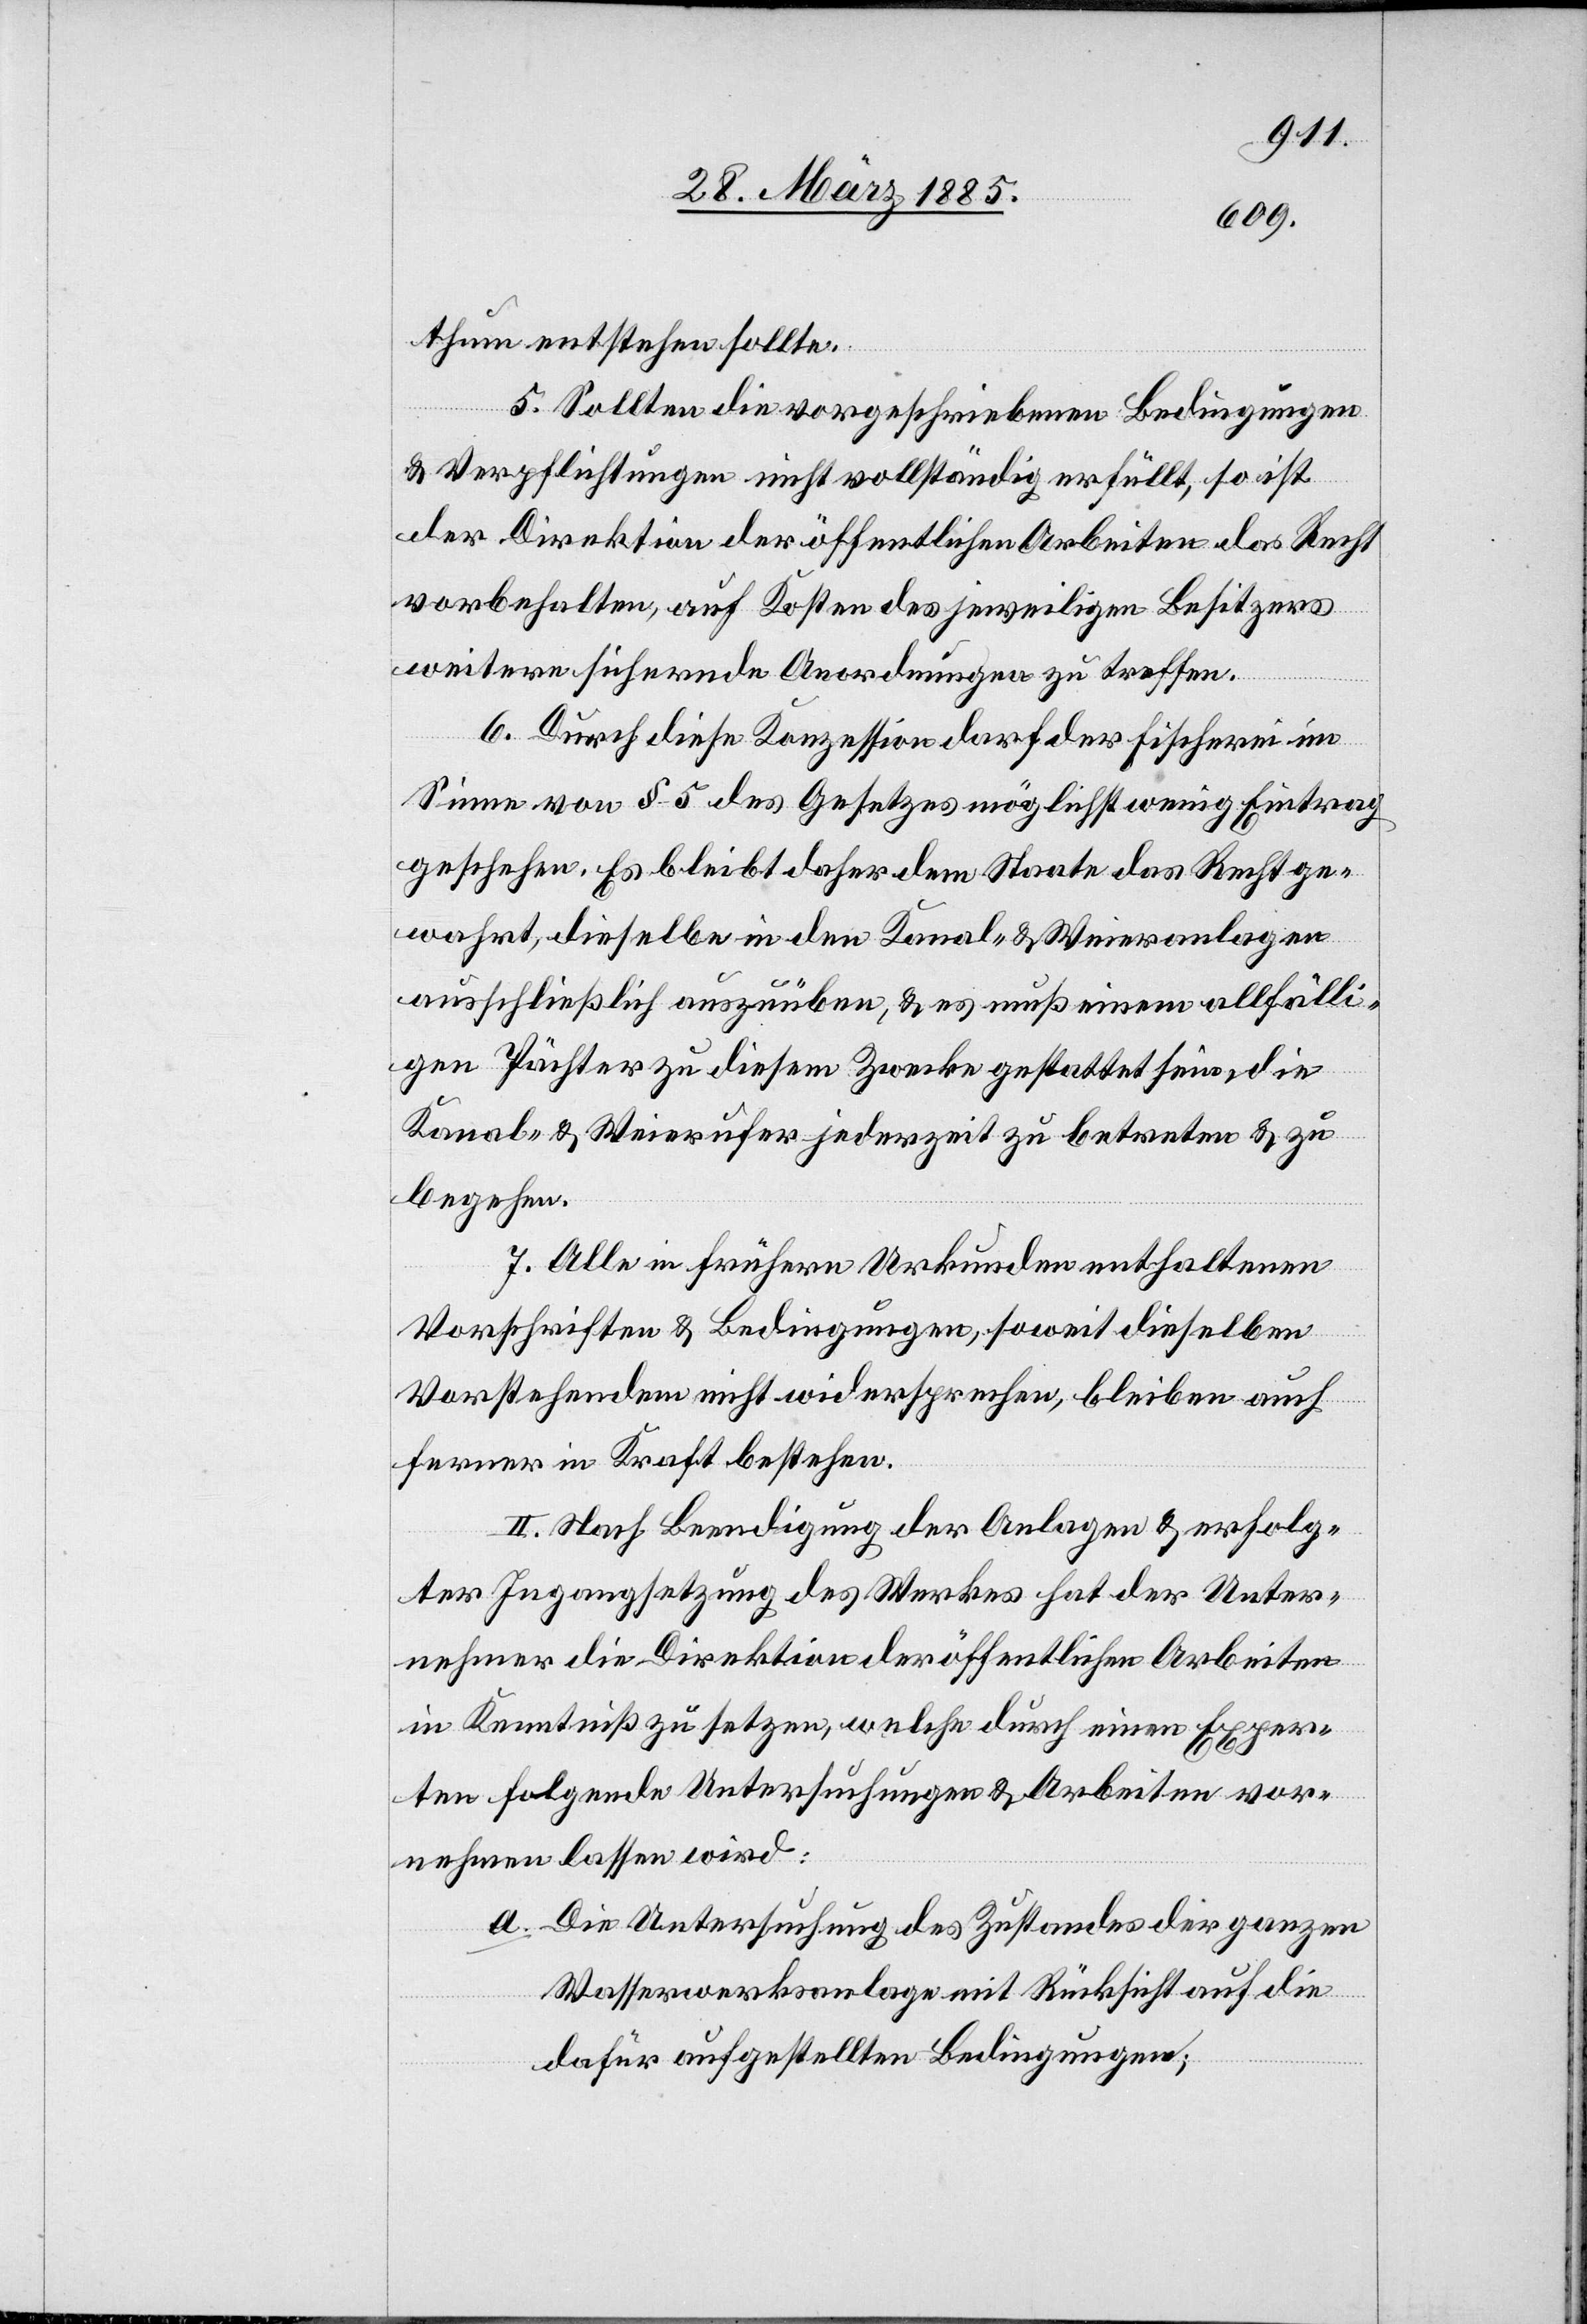
thum entstehen sollte.
5. Sollten die vorgeschriebenen Bedingungen
& Verpflichtungen nicht vollständig erfüllt [werden],
der Direktion der öffentlichen Arbeiten das Recht
vorbehalten, auf Kosten des jeweiligen Besitzers
weitere sichernde Anordnungen zu treffen.
6. Durch diese Konzession darf der Fischerei im
Sinne von § 5 des Gesetzes möglichst wenig Eintrag
geschehen. Es bleibt daher dem Staate das Recht ge¬
wahrt, dieselbe in den Kanal- & Weieranlagen
ausschließlich auszuüben, & es muß einem allfälli¬
gen Pächter zu diesem Zwecke gestattet sein, die
Kanal- & Weierufer jederzeit zu betreten & zu
begehen.
7. Alle in frühern Urkunden enthaltenen
Vorschriften & Bedingungen, soweit dieselben
Vorstehendem nicht widersprechen, bleiben auch
ferner in Kraft bestehen.
II. Nach Beendigung der Anlagen & erfolg¬
ter Ingangsetzung des Werkes hat der Unter¬
nehmer die Direktion der öffentlichen Arbeiten
in Kenntniß zu setzen, welche durch einen Exper¬
ten folgende Untersuchungen & Arbeiten vor¬
nehmen lassen wird:
a. Die Untersuchungen des Zustandes der ganzen
Wasserwerksanlage mit Rücksicht auf die
dafür aufgestellten Bedingungen;